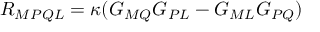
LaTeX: R _ { M P Q L } = \kappa ( G _ { M Q } G _ { P L } - G _ { M L } G _ { P Q } )